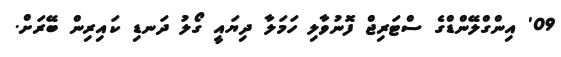
09' އިންގްލޭންޑްގެ ސްޓަރިޖް ފޮނުވާލި ހަމަލާ ދިޔައީ ގޯލު ދަނޑި ކައިރިން ބޭރަށް.